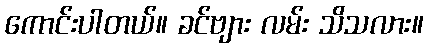
ကောင်းပါတယ်။ ခင်ဗျား လမ်း သိသလား။